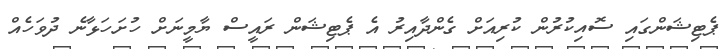
ޕެޓިޝަންގައި ސޮއިކުރުން ކުރިއަށް ގެންދާއިރު އެ ޕެޓިޝަން ރައީސް ޔާމީނަށް ހުށަހަޅާނެ ދުވަހެއް